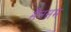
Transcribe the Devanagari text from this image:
सैनसम